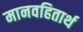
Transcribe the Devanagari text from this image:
मानवहितार्थ